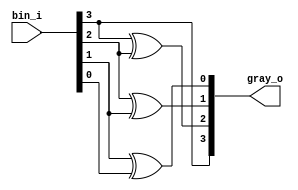
module day9 #(
  parameter VEC_W = 4
)(
  input   wire [VEC_W-1:0] bin_i,
  output  wire [VEC_W-1:0] gray_o
);

  assign gray_o[VEC_W-1] = bin_i[VEC_W-1];

  genvar i;
  generate
    for (i=VEC_W-2; i>=0; i=i-1) begin
      assign gray_o[i] = bin_i[i+1] ^ bin_i[i];
    end
  endgenerate

endmodule